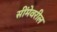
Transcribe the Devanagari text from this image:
सींमेवरील